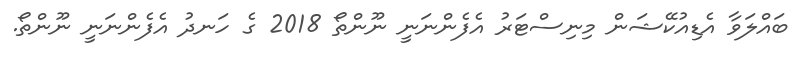
ބައްލަވާ އެޑިއުކޭޝަން މިނިސްޓަރު އެފެންނަނީ ނޫންތޯ 2018 ގެ ހަނދު އެފެންނަނީ ނޫންތޯ.